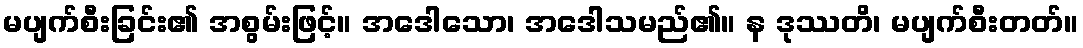
မပျက်စီးခြင်း၏ အစွမ်းဖြင့်။ အဒေါသော၊ အဒေါသမည်၏။ န ဒုဿတိ၊ မပျက်စီးတတ်။